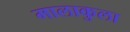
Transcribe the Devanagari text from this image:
मालाकुला